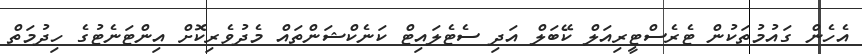
އެހެން ގައުމުތަކުން ޓެރެސްޓީރިއަލް ކޭބަލް އަދި ސެޓެލައިޓް ކަނެކްޝަންތައް މެދުވެރިކޮށް އިންޓަނެޓުގެ ހިދުމަތް